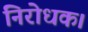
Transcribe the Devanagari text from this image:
निरोधक।